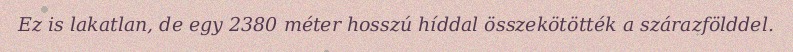
Ez is lakatlan, de egy 2380 méter hosszú híddal összekötötték a szárazfölddel.